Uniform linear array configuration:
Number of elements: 32
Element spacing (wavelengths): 0.75
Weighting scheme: uniform
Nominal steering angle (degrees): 0
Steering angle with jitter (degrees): -0.9283
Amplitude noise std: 0.05
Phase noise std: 0.05

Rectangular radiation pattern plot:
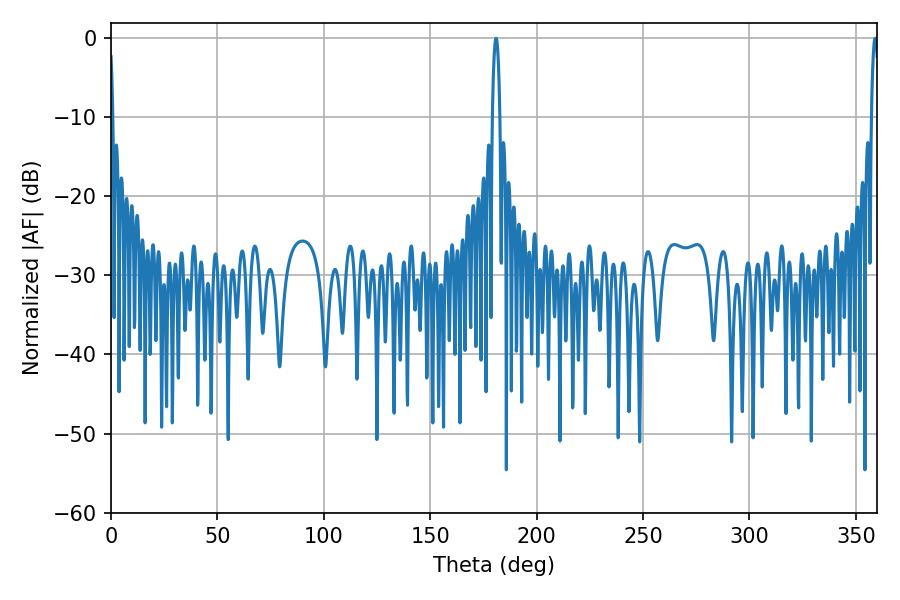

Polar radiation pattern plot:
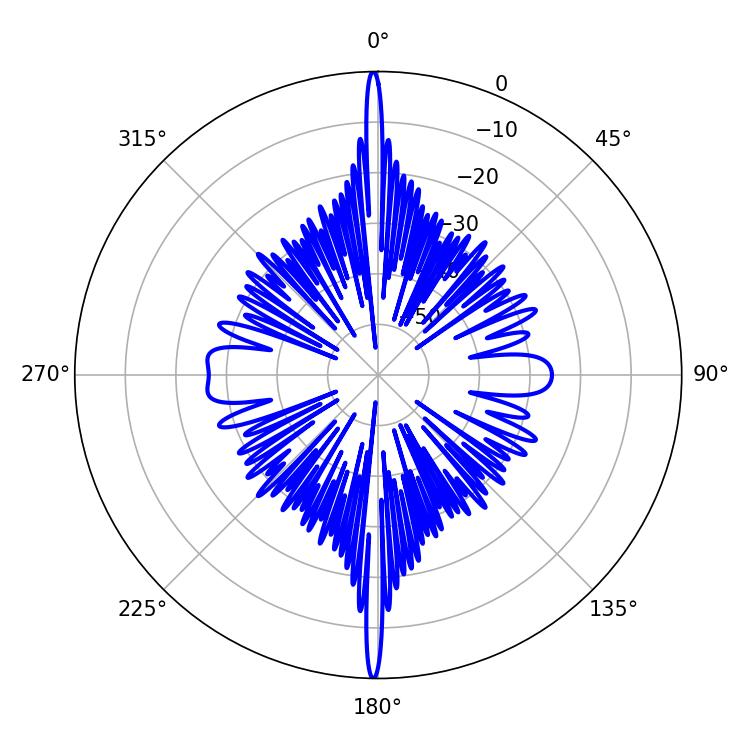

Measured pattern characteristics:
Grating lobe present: TRUE
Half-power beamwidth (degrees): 1.98
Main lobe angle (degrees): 180.9